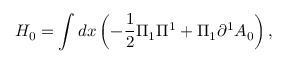
H _ { 0 } = \int d x \left( { - \frac { 1 } { 2 } \Pi _ { 1 } \Pi ^ { 1 } + \Pi _ { 1 } \partial ^ { 1 } A _ { 0 } } \right) ,